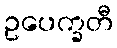
ဥပေက္ခတီ